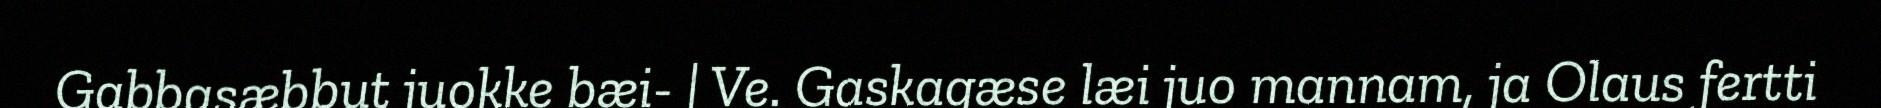
Gabbasæbbut juokke bæi- | Ve. Gaskagæse læi juo mannam, ja Olaus fertti